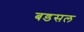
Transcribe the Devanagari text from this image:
बडसल